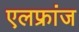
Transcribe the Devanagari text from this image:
एलफ्रांज